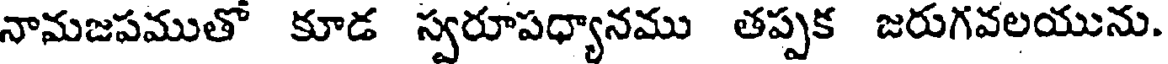
నామజపముతో కూడ స్వరూపధ్యానము తప్పక జరుగవలయును.